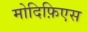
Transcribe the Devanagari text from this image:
मोदिफ़िएस